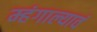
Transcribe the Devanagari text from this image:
म्हंगाल्यावं